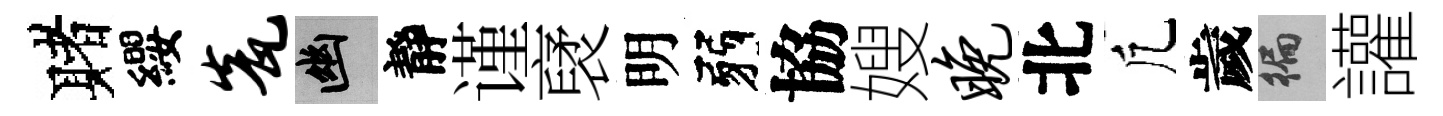
赌纓瓮幽靜谨裦明弱協嫂晚北凢歲徧讙